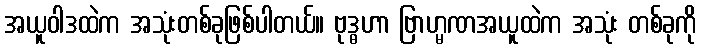
အယူဝါဒထဲက အသုံးတစ်ခုဖြစ်ပါတယ်။ ဗုဒ္ဓဟာ ဗြာဟ္မဏအယူထဲက အသုံး တစ်ခုကို